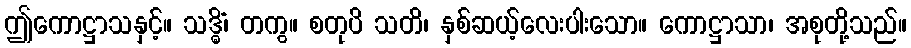
ဤကောဋ္ဌာသနှင့်။ သဒ္ဓိံ၊ တကွ။ စတုပိ သတိ၊ နှစ်ဆယ့်လေးပါးသော။ ကောဋ္ဌာသာ၊ အစုတို့သည်။